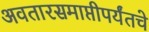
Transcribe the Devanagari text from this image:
अवतारसमाप्तीपर्यंतचे